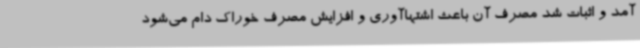
آمد و اثبات شد مصرف آن باعث اشتهاآوری و افزایش مصرف خوراک دام می‌شود